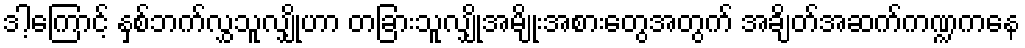
ဒါ့ကြောင့် နှစ်ဘက်လွှသူလျှိုဟာ တခြားသူလျှိုအမျိုးအစားတွေအတွက် အချိတ်အဆက်ကဏ္ဍကနေ